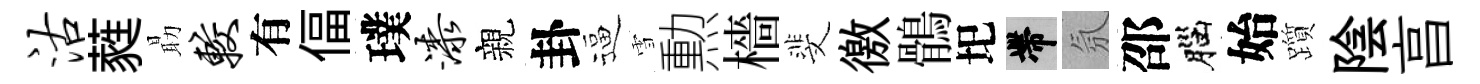
沽蕤朂较有偪璞漆親卦逼雪勲檣斐徼鶻圯帶氛邵腦始躓陰亯